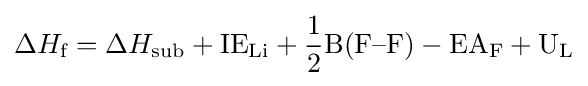
\Delta H_{\text{f}}=\Delta H_{\text{sub}}+{\text{IE}}_{\text{Li}}+{\frac {1}{2}}{\text{B(F–F)}}-{\text{EA}}_{\text{F}}+{\text{U}}_{\text{L}}